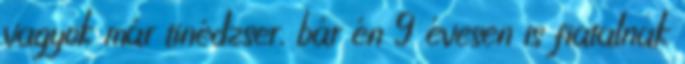
vagyok már tinédzser, bár én 9 évesen is fiatalnak